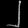
Digit: ၂